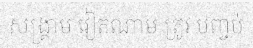
សង្គ្រាម វៀតណាម ត្រូវ បញ្ចប់